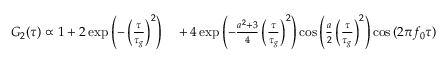
\begin{array} { r l } { G _ { 2 } ( \tau ) \propto 1 + 2 \exp { \left( - \left( \frac { \tau } { \tau _ { g } } \right) ^ { 2 } \right) } } & { { } + 4 \exp { \left( - \frac { a ^ { 2 } + 3 } { 4 } \left( \frac { \tau } { \tau _ { g } } \right) ^ { 2 } \right) } \cos { \left( \frac { a } { 2 } \left( \frac { \tau } { \tau _ { g } } \right) ^ { 2 } \right) } \cos { ( 2 \pi f _ { 0 } \tau ) } } \end{array}